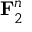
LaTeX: { \bf { F } } _ { 2 } ^ { n }